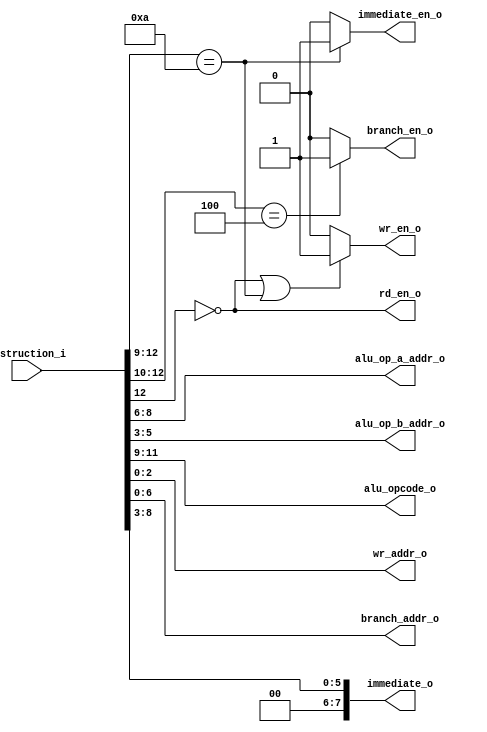
`timescale 1ns / 1ps


module instruction_decoder(
   instruction_i,
   alu_op_a_addr_o,
   alu_op_b_addr_o,
   alu_opcode_o,
   rd_en_o,
   wr_en_o,
   wr_addr_o,
   branch_en_o,
   branch_addr_o,
   immediate_o,
   immediate_en_o
    );

   input [12:0] instruction_i;
   output [2:0] alu_op_a_addr_o;
   output [2:0] alu_op_b_addr_o;
   output [2:0] alu_opcode_o;
   output rd_en_o;
   output wr_en_o;
   output [2:0] wr_addr_o;
   output branch_en_o;
   output [6:0] branch_addr_o;
   output [7:0] immediate_o;
   output immediate_en_o;


   assign alu_op_a_addr_o = instruction_i[8:6];
   assign alu_op_b_addr_o = instruction_i[5:3];
   assign alu_opcode_o = instruction_i[11:9];
   assign rd_en_o = ~instruction_i[12];
   assign wr_en_o = ~instruction_i[12] | (instruction_i[12:9] ==4'b1010) ? 1'b1 : 1'b0;
   assign wr_addr_o = instruction_i[2:0];
   assign branch_en_o = (instruction_i[12:10] == 3'b100) ? 1'b1 : 1'b0;
   assign branch_addr_o = instruction_i[6:0];
   assign immediate_o = {2'b00, instruction_i[8:3]};
   assign immediate_en_o = (instruction_i[12:9] == 4'b1010) ? 1'b1 : 1'b0;

endmodule